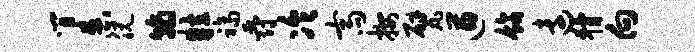
间舂脱翰粒福爵冷斋按甓遒饰远猾向